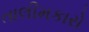
તાલીમકારો